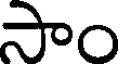
సాం